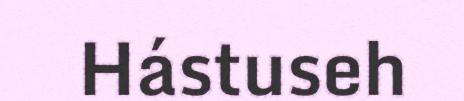
Hástuseh